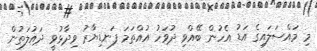
މި މައްސަލައިގެ އަޑު އެހުން ބޭއްވި ދުވަހު އުއްތަމަ ފަނޑިޔާރު ވިދާޅުވީ ދައުލަތުން